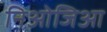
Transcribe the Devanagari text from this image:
निओजिआ